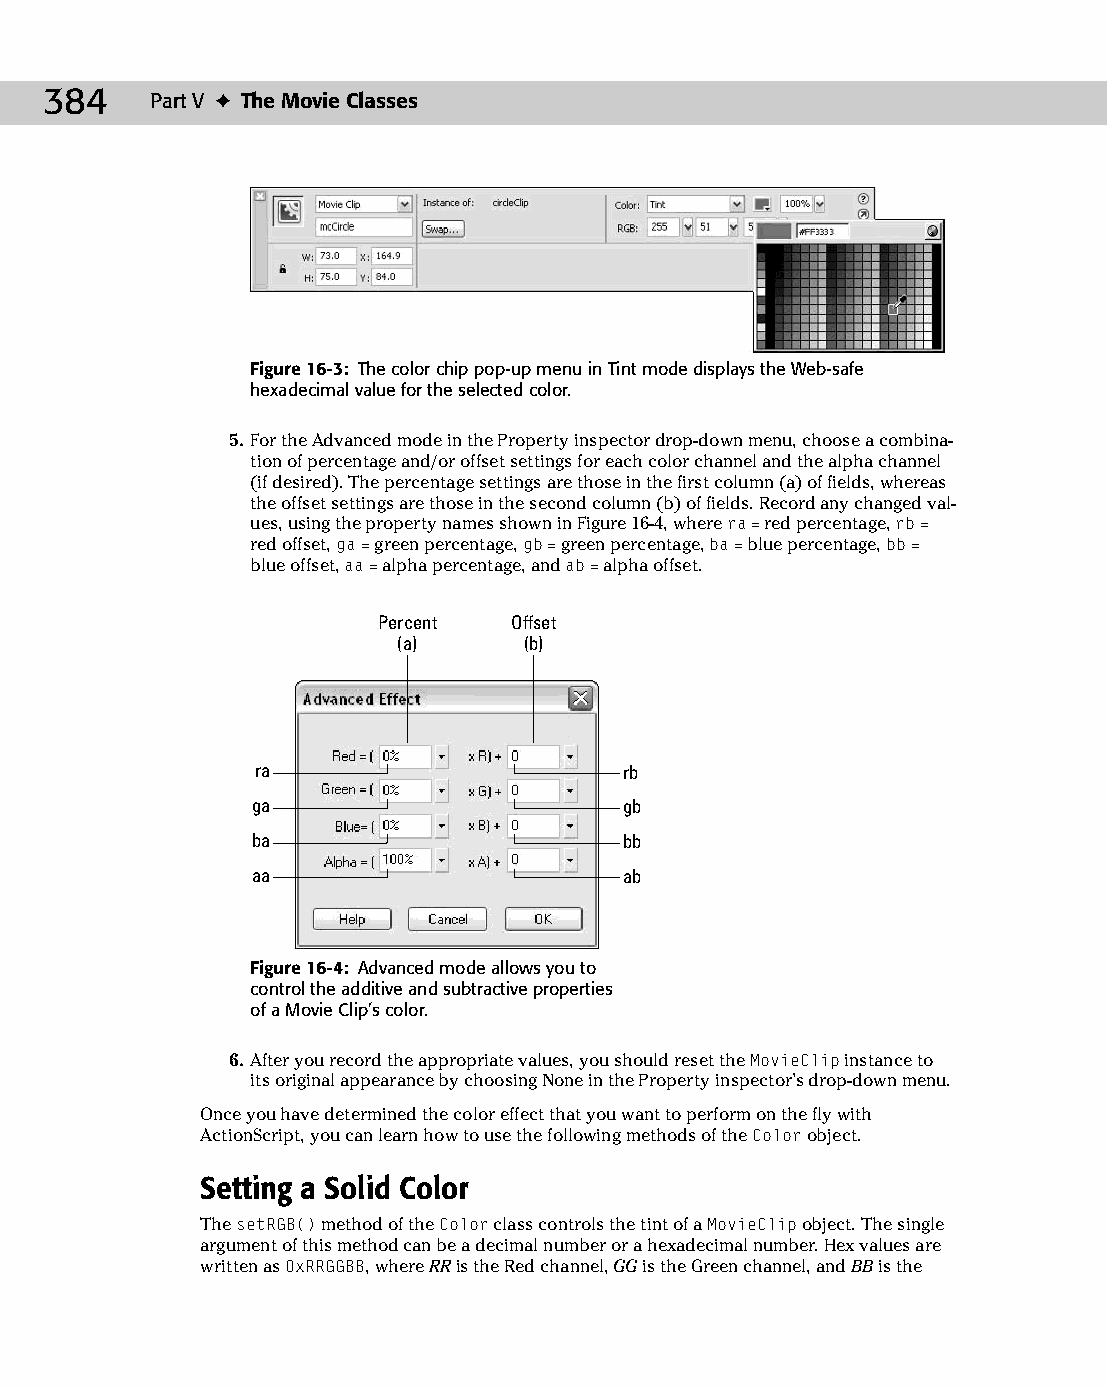
22 543547 ch16.qxd 3/24/04 4:11 PM Page 384
 384    Part V ✦ The Movie Classes
 Figure 16-3: The color chip pop-up menu in Tint mode displays the Web-safe
 hexadecimal value for the selected color.
 5. For the Advanced mode in the Property inspector drop-down menu, choose a combina­
 tion of percentage and/or offset settings for each color channel and the alpha channel
 (if desired). The percentage settings are those in the first column (a) of fields, whereas
 the offset settings are those in the second column (b) of fields. Record any changed val­
 ues, using the property names shown in Figure 16-4, where ra = red percentage, rb =
 red offset, ga = green percentage, gb = green percentage, ba = blue percentage, bb =
 blue offset, aa = alpha percentage, and ab = alpha offset.
 Percent  Offset
 (a)      (b)
 ra                      rb
 ga                      gb
 ba                      bb
 aa                      ab
 Figure 16-4: Advanced mode allows you to
 control the additive and subtractive properties
 of a Movie Clip’s color.
 6. After you record the appropriate values, you should reset the MovieClip instance to
 its original appearance by choosing None in the Property inspector’s drop-down menu.
 Once you have determined the color effect that you want to perform on the fly with
 ActionScript, you can learn how to use the following methods of the Color object.
 Setting a Solid Color
 The setRGB() method of the Color class controls the tint of a MovieClip object. The single
 argument of this method can be a decimal number or a hexadecimal number. Hex values are
 written as 0xRRGGBB, where RR is the Red channel, GG is the Green channel, and BB is the